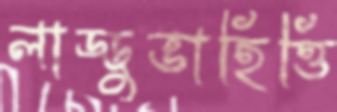
লাড্ডুভাহিত্তি